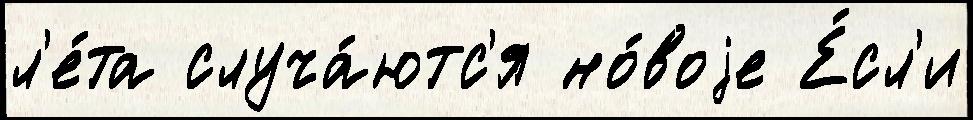
л'е́та случа́ютс'я но́воjе Е́сл'и